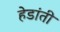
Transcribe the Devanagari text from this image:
हेडांती